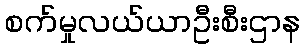
စက်မှုလယ်ယာဦးစီးဌာန